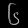
Digit: ၆